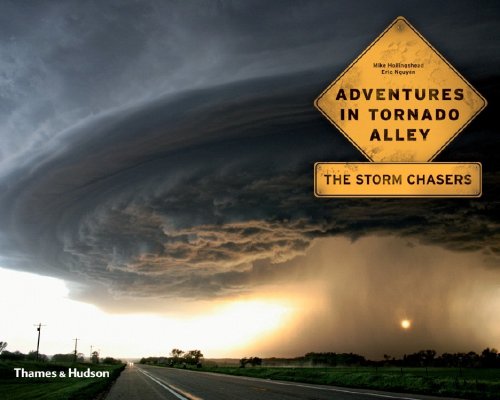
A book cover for Adventures in Tornado Alley: The Storm Chasers; Mike Hollingshead; Science & Math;